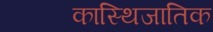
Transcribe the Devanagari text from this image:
कास्थिजातिक